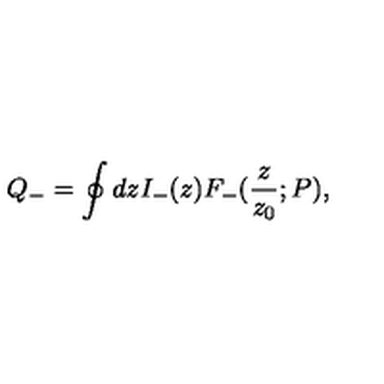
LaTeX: Q _ { - } = \oint d z I _ { - } ( z ) F _ { - } ( { \frac { z } { z _ { 0 } } } ; P ) ,